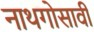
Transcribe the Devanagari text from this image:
नाथगोसावी